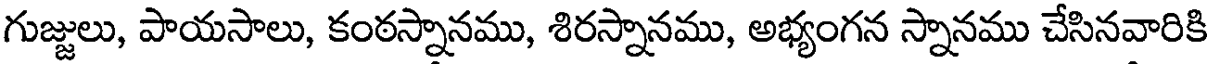
గుజ్జులు, పాయసాలు, కంఠస్నానము, శిరస్నానము, అభ్యంగన స్నానము చేసినవారికి